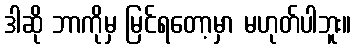
ဒါဆို ဘာကိုမှ မြင်ရတော့မှာ မဟုတ်ပါဘူး။